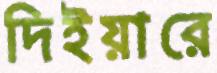
দিইয়ারে